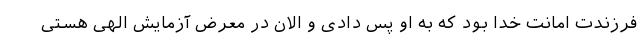
فرزندت امانت خدا بود که به او پس دادی و الان در معرض آزمایش الهی هستی